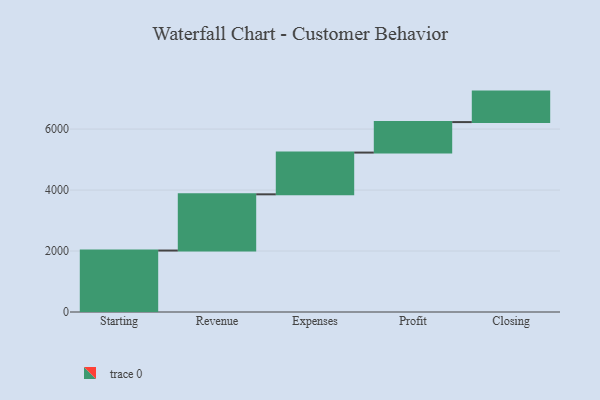
{"axis": {"x": "Step", "y": "Value"}, "legend": [""], "data": [{"x": "Starting", "y": 2016.0, "type": ""}, {"x": "Revenue", "y": 1844.0, "type": ""}, {"x": "Expenses", "y": 1369.0, "type": ""}, {"x": "Profit", "y": 1000, "type": ""}, {"x": "Closing", "y": 1000, "type": ""}]}